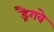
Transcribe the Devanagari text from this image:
ड्रैगवे